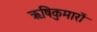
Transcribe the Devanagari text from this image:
ऋषिकुमारों